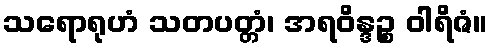
သရောရုဟံ သတပတ္တံ၊ အရဝိန္ဒဉ္စ ဝါရိဇံ။